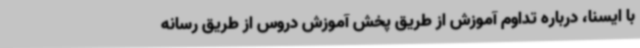
با ایسنا، درباره تداوم آموزش از طریق پخش آموزش دروس از طریق رسانه